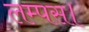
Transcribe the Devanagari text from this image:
लम्पस।